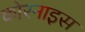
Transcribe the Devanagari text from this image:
कोरनाइस